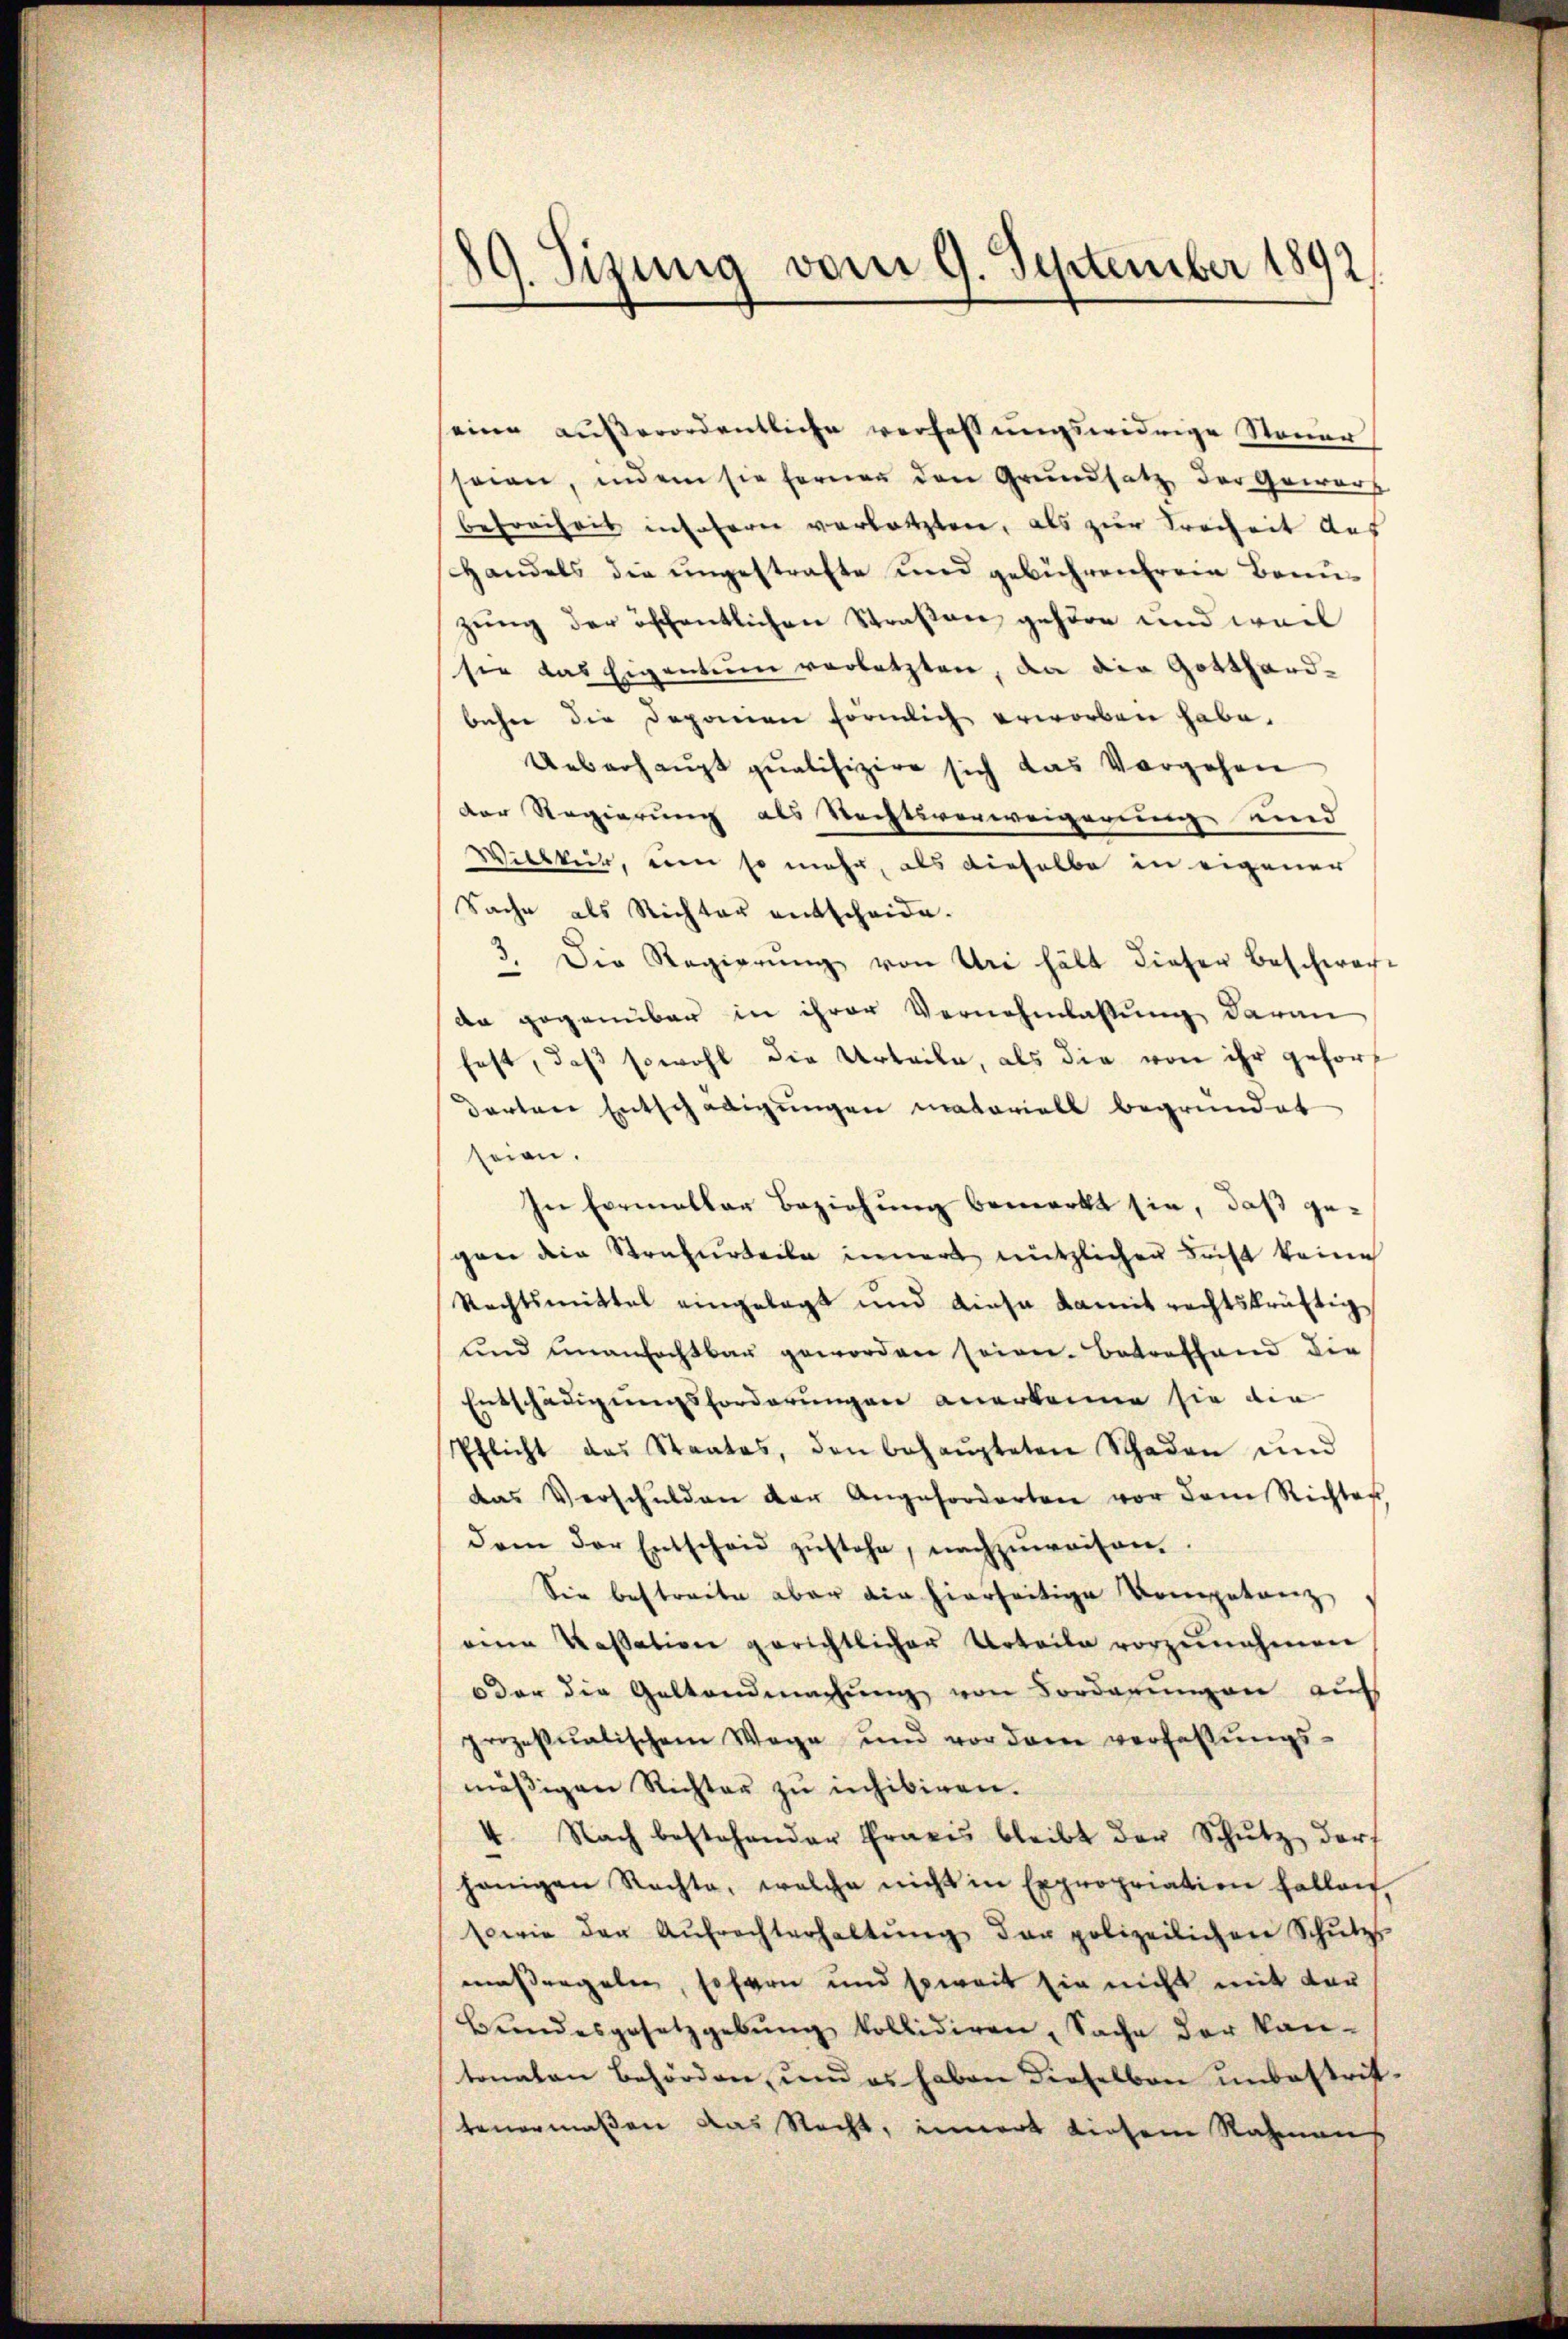
¬
19. Jizung vom 9. September 1892

seine außerordentliche verfassungswidrige Steuer
seien, indem sie ferner den Grundsatz der Gewartz
befreiheit insofern verletzten, als zur Freiheit aus
Handels die ungestrafte und gebührenerein Brunzung der öffentlichen Straßen gehöre und weil
sie das Eigentum verletzten, da die Gotthardbücher die Deponien förmlich erworben habe.
Ueberhaupt qualifizire sich das Vorgehen
Der Regierung als Rechtsverweigerung und
Wilkker, um so mehr, als dieselbe in eigener
Sache als Richter entscheide.
3
3. Die Regierŭng von Uri hält dieser Beschwer-
de gegenüber in ihrer Vernehmlassung daran
fest, daß sowohl die Urteile, als die von ihr gefordarten Entschädigungen materiell begründet
seien.
In Formeller Beziehung bemerkt sie, daß gegan die Strafurteile innert nützlicher Leist keine
Rechtsmittel eingelegt und diese Kamit rechtskräftig
ŭnd unanfechtbar geworden seien. Betreffend die
Entschädigungsforderungen anerkenne sie die
Pflicht das Staates, den behaŭpteten Schaden und
das Verschulden der Angeforderten vor dem Richter
dem der Entscheid zŭstehe, nachzŭweisen.
Sie bestreite aber die hierseitige Kompetanz,
eine Kassation gerichtlicher Urteile vorzŭnehmen
oder die Geltendmachung von Forderungen aufs
prozessualischem Wege und vor dem verfassŭngs-
mäβigen Richter zu inhibiren.
4. Nach bestehender Praxis bleibt der Schŭtz darf
hänigen Rechte, welche nicht in Expropriation fallen,
sowie der Aŭfrechterhaltŭng der polizeilichen Schŭtzs-
massergeben, sofern und soweit sie nicht mit der
Bŭndesgesetzgebŭng kollidiren, Sache der kan-
tonalen behörden, und es haben dieselben unbestritteuermaßen das Recht, innert diesem Rahmen